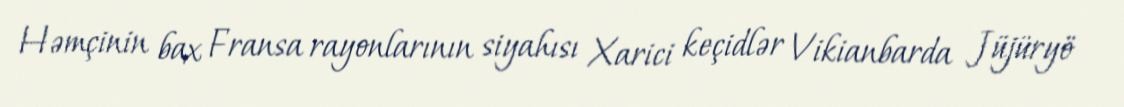
Həmçinin bax Fransa rayonlarının siyahısı Xarici keçidlər Vikianbarda Jüjüryö